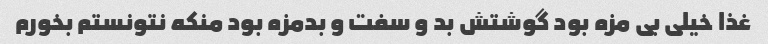
غذا خیلی بی مزه بود گوشتش بد و سفت و بدمزه بود منکه نتونستم بخورم